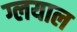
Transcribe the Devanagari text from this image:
ग्लयाल